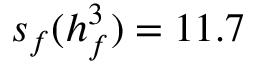
s _ { f } ( h _ { f } ^ { 3 } ) = 1 1 . 7